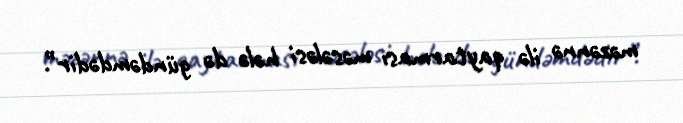
məzənnə ilə qaytarması məsələsi hələ də gündəmdədir”.